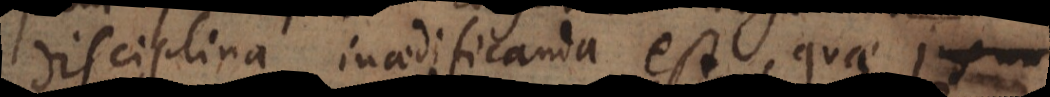
disciplina inaedificanda est, quae ju